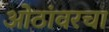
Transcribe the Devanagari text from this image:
ओठांवरचा